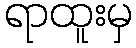
ရာထူးမှ